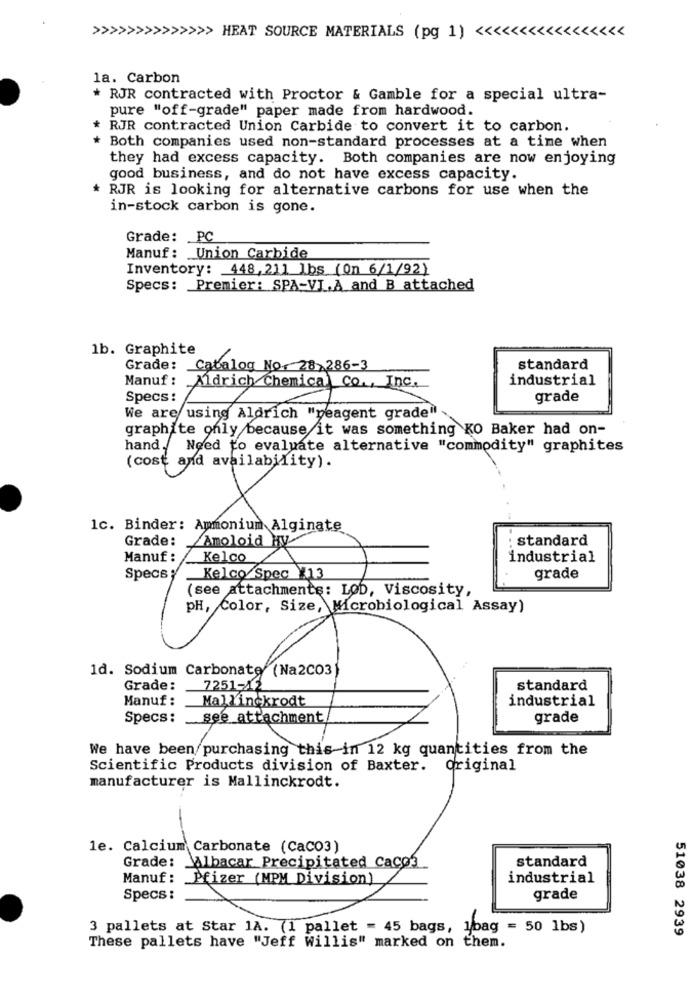
>>>>>>>>>>>>>> HEAT SOURCE MATERIALS (pg 1) <<<<<<<<<<<<<<<<<
la. Carbon
* RJR contracted with Proctor & Gamble for a special ultra-
pure "off-grade" paper made from hardwood.
RJR contracted Union Carbide to convert it to carbon.
* Both companies used non-standard processes at a time when
they had excess capacity. Both companies are now enjoying
good business, and do not have excess capacity.
* RJR is looking for alternative carbons for use when the
in-stock carbon is gone.
Grade: PC
Manuf: Union Carbide
Inventory: 448,211 lbs (On 6/1/92)
Specs: Premier: SPA-VI.A and B attached
1b. Graphite
Grade: Catalog No: 287 286-3
standard
Manuf :
industrial
Specs:
grade
We are using Aldrich "neagent grade"
graphite only because it was something KO Baker had on-
hand. Need to evaluate alternative "commodity" graphites
(cost and availability).
1c. Binder: Ammonium Alginate
Grade:
: standard
Manuf: Kelco
industrial
Specs
Kelco/ Spec X13
grade
(see attachments: LOD, Viscosity,
pH, Color, Size, Microbiological Assay)
1d. Sodium Carbonate(Na2CO3]
Grade:
7251-1¢
standard
Manuf :
Mallinckrodt
industrial
Specs:
see_attachment
grade
We have been purchasing this in 12 kg quantities from the
Scientific Products division of Baxter. Original
manufacturer is Mallinckrodt.
le. Calcium Carbonate (CaC03)
standard
Grade: Albacar Precipitated Caco3
Manuf :
Pfizer (MPM Division)
1
industrial
Specs :
grade
3 pallets at Star 1A. (1 pallet = 45 bags, lbag = 50 lbs)
51038 2939
These pallets have "Jeff Willis" marked on them.